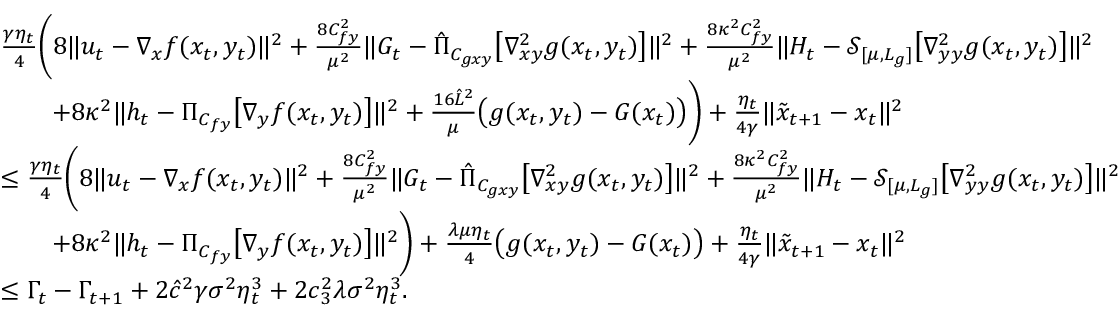
\begin{array} { r l } & { \frac { \gamma \eta _ { t } } { 4 } \bigg ( 8 \| u _ { t } - \nabla _ { x } f ( x _ { t } , y _ { t } ) \| ^ { 2 } + \frac { 8 C _ { f y } ^ { 2 } } { \mu ^ { 2 } } \| G _ { t } - \hat { \Pi } _ { C _ { g x y } } \big [ \nabla _ { x y } ^ { 2 } g ( x _ { t } , y _ { t } ) \big ] \| ^ { 2 } + \frac { 8 \kappa ^ { 2 } C _ { f y } ^ { 2 } } { \mu ^ { 2 } } \| H _ { t } - \mathcal { S } _ { [ \mu , L _ { g } ] } \big [ \nabla _ { y y } ^ { 2 } g ( x _ { t } , y _ { t } ) \big ] \| ^ { 2 } } \\ & { \qquad + 8 \kappa ^ { 2 } \| h _ { t } - \Pi _ { C _ { f y } } \big [ \nabla _ { y } f ( x _ { t } , y _ { t } ) \big ] \| ^ { 2 } + \frac { 1 6 \hat { L } ^ { 2 } } { \mu } \big ( g ( x _ { t } , y _ { t } ) - G ( x _ { t } ) \big ) \bigg ) + \frac { \eta _ { t } } { 4 \gamma } \| \tilde { x } _ { t + 1 } - x _ { t } \| ^ { 2 } } \\ & { \leq \frac { \gamma \eta _ { t } } { 4 } \bigg ( 8 \| u _ { t } - \nabla _ { x } f ( x _ { t } , y _ { t } ) \| ^ { 2 } + \frac { 8 C _ { f y } ^ { 2 } } { \mu ^ { 2 } } \| G _ { t } - \hat { \Pi } _ { C _ { g x y } } \big [ \nabla _ { x y } ^ { 2 } g ( x _ { t } , y _ { t } ) \big ] \| ^ { 2 } + \frac { 8 \kappa ^ { 2 } C _ { f y } ^ { 2 } } { \mu ^ { 2 } } \| H _ { t } - \mathcal { S } _ { [ \mu , L _ { g } ] } \big [ \nabla _ { y y } ^ { 2 } g ( x _ { t } , y _ { t } ) \big ] \| ^ { 2 } } \\ & { \qquad + 8 \kappa ^ { 2 } \| h _ { t } - \Pi _ { C _ { f y } } \big [ \nabla _ { y } f ( x _ { t } , y _ { t } ) \big ] \| ^ { 2 } \bigg ) + \frac { \lambda \mu \eta _ { t } } { 4 } \big ( g ( x _ { t } , y _ { t } ) - G ( x _ { t } ) \big ) + \frac { \eta _ { t } } { 4 \gamma } \| \tilde { x } _ { t + 1 } - x _ { t } \| ^ { 2 } } \\ & { \leq \Gamma _ { t } - \Gamma _ { t + 1 } + 2 \hat { c } ^ { 2 } \gamma \sigma ^ { 2 } \eta _ { t } ^ { 3 } + 2 c _ { 3 } ^ { 2 } \lambda \sigma ^ { 2 } \eta _ { t } ^ { 3 } . } \end{array}